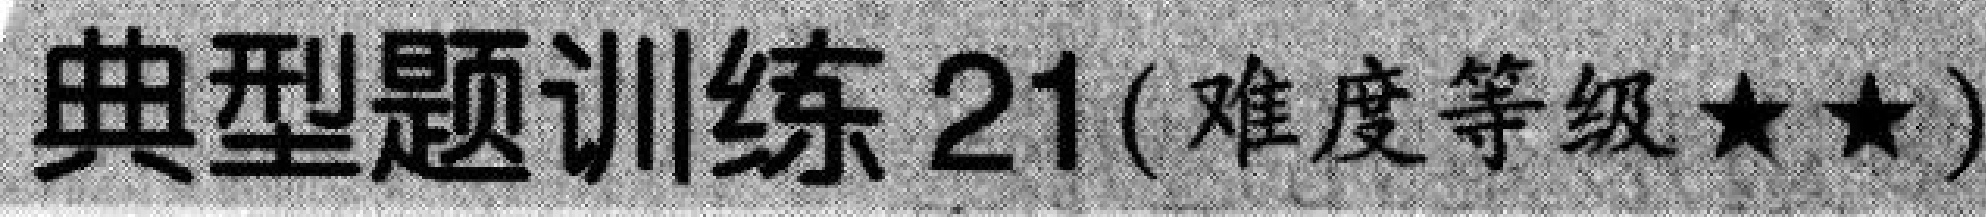
典型题训练 21(难度等级$\star\star$)